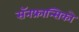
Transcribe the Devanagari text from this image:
सॅनफ्रान्सिको